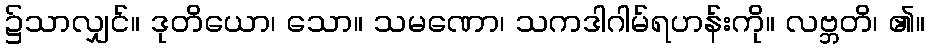
၌သာလျှင်။ ဒုတိယော၊ သော။ သမဏော၊ သကဒါဂါမ်ရဟန်းကို။ လဗ္ဘတိ၊ ၏။